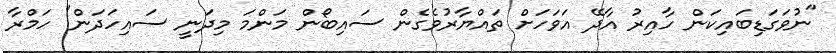
"ނުވަގަޑިބައިކަން ހާއިރު އާދޭ އަވަހަށް ތައްޔާރުވެގެން ސައިބޯން މަންމަ މިދަނީ ސައިހަދަން" ހަމްރާ